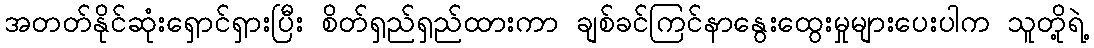
အတတ်နိုင်ဆုံးရှောင်ရှားပြီး စိတ်ရှည်ရှည်ထားကာ ချစ်ခင်ကြင်နာနွေးထွေးမှုများပေးပါက သူတို့ရဲ့